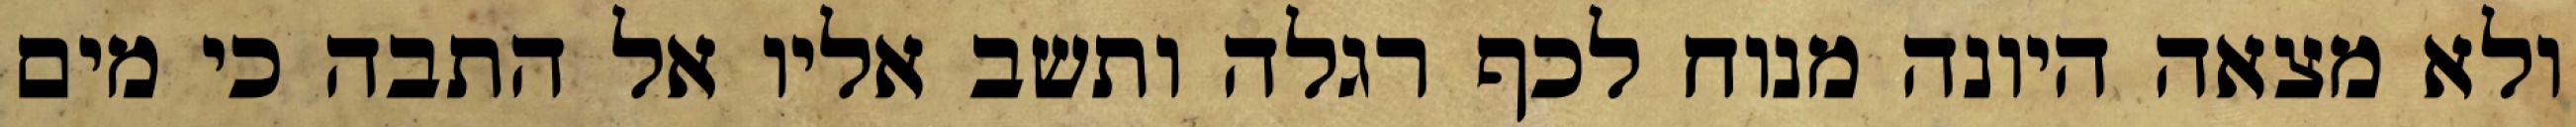
ולא מצאה היונה מנוח לכף רגלה ותשב אליו אל התבה כי מים